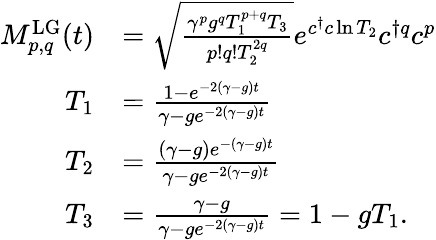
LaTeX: \begin{array}{rl}{M_{p,q}^{\mathrm{LG}}(t)}&{=\sqrt{\frac{\gamma^{p}g^{q}T_{1}^{p+q}T_{3}}{p!q!T_{2}^{2q}}}e^{c^{\dagger}c\ln T_{2}}c^{\dagger q}c^{p}}\\ {T_{1}}&{=\frac{1-e^{-2(\gamma-g)t}}{\gamma-ge^{-2(\gamma-g)t}}}\\ {T_{2}}&{=\frac{(\gamma-g)e^{-(\gamma-g)t}}{\gamma-ge^{-2(\gamma-g)t}}}\\ {T_{3}}&{=\frac{\gamma-g}{\gamma-ge^{-2(\gamma-g)t}}=1-gT_{1}.}\end{array}